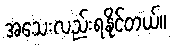
အသေးလည်းရနိုင်တယ်။